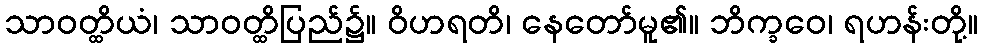
သာဝတ္ထိယံ၊ သာဝတ္ထိပြည်၌။ ဝိဟရတိ၊ နေတော်မူ၏။ ဘိက္ခဝေ၊ ရဟန်းတို့။